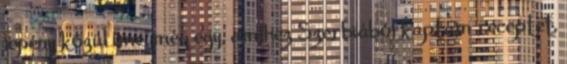
lepény közül íme, még egy, amihez Szerbiából kaptam receptet,